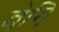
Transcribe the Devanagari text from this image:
वेगि